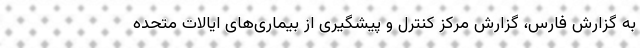
به گزارش فارس، گزارش مرکز کنترل و پیشگیری از بیماری‌های ایالات متحده